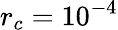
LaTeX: r_{c}=10^{-4}